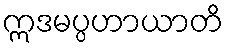
ဣဒမပ္ပဟာယာတိ